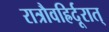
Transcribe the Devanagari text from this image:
रात्रौवह्रिर्दूरात्